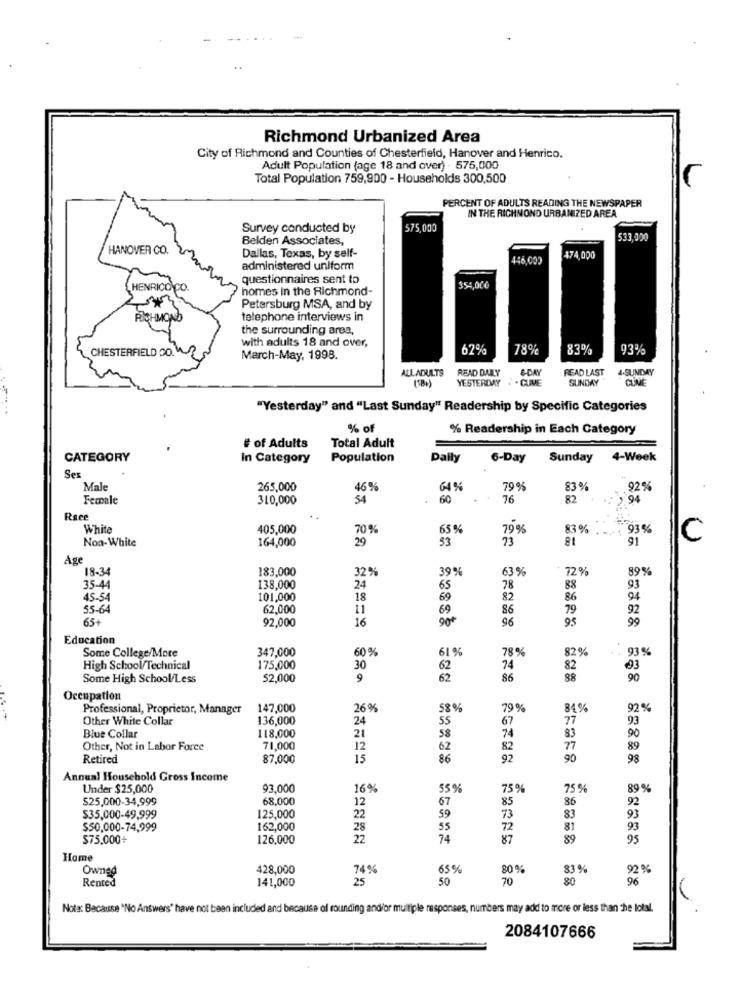
Richmond Urbanized Area
City of Richmond and Counties of Chesterfield, Hanover and Henrico.
Adult Population (age 18 and over) - 575,000
Total Population 759,900 - Households 300,500
PERCENT OF ADULTS READING THE NEWSPAPER
IN THE RICHMOND URBANIZED AREA
Survey conducted by
575,000
Belden Associates,
533,000
HANOVER CO.
Dallas, Texas, by self-
446,000
474,000
administered uniform
questionnaires sent to
HENRICON
homes in the Richmond-
354,000
Petersburg MSA, and by
RICHMOND
telephone interviews in
the surrounding area,
with adults 18 and over,
62%
78%
83%
93%
CHESTERFIELD 20. 42
March-May, 1998.
ALLADULTS
READ DALLY
READ LAST
4-SUNDAY
YESTERDAY
.. CUME
&-DAY
SUNDAY
"Yesterday" and "Last Sunday" Readership by Specific Categories
% of
% Readership in Each Category
# of Adults
Total Adult
CATEGORY
In Category
Population
Daily
6-Day
Sunday
4-Week
Sex
Male
265,000
46%
64%
79 %
83 %
920%
Female
310,000
54
60
76
82
94
Race
White
405,000
70%
65 %
79%
83%
¥FŐ3 %
Non-White
164,000
29
53
73
91
C
Age
18-34
183,000
32%
39%
63 %
72 %
89%
138,000
35-44
24
65
78
88
93
45-54
101,000
18
69
82
86
04
55-64
62,000
11
69
86
79
92
65+
92,000
16
90€
96
95
Education
347,000
60 %
61 %
82%
93 %
Some College/More
78%
High School/Technical
175,000
30
62
74
82
93
Some High School/Less
52,000
9
62
86
88
90
Occupation
Professional, Proprietor, Manager
147,000
26%
58%
79%
84%
92%
Other White Collar
136,000
24
55
77
93
74
67
Blue Collar
118,000
21
58
83
90
Other, Not in Labor Force
71,000
12
62
82
77
89
Retired
87,000
15
86
92
90
98
Annual Household Gross Income
Under $25,000
93,000
16%
55 %
75%
75 %
89 %
$25,000-34,999
68,000
67
85
86
92
12
59
$35,000-49,999
125,000
22
73
83
93
$50,000-74,999
162,000
28
55
72
81
93
$75,000+
126,000
22
74
87
89
95
Home
Owned
428,000
74%
65%
80%
83 %
92 %
Rented
141,000
25
50
70
80
96
Nota: Because "No Answers" have not been included and because of sounding andfor multiple responses, numbers may add to more or less than the lotal.
2084107666